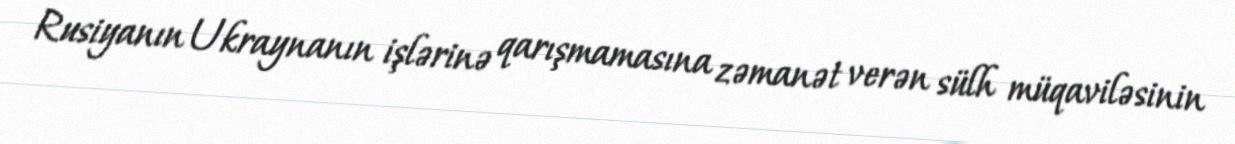
Rusiyanın Ukraynanın işlərinə qarışmamasına zəmanət verən sülh müqaviləsinin